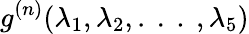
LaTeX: g^{(n)}(\lambda_{1},\lambda_{2},.~.~.~,\lambda_{5})